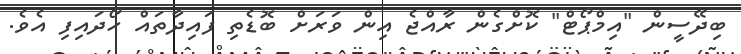
ބިދޭސީން "އިމްޕޯޓް" ކޮށްގެން ރާއްޖެ އިން ވަރަށް ބޮޑެތި ފައިދާތައް ހޯދައިފި އެވެ.